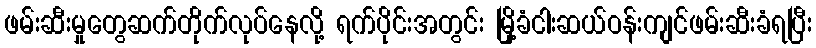
ဖမ်းဆီးမှုတွေဆက်တိုက်လုပ်နေလို့ ရက်ပိုင်းအတွင်း မြို့ခံငါးဆယ်ဝန်းကျင်ဖမ်းဆီးခံရပြီး